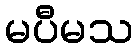
မပီမသ